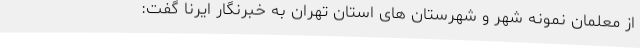
از معلمان نمونه شهر و شهرستان های استان تهران به خبرنگار ایرنا گفت: